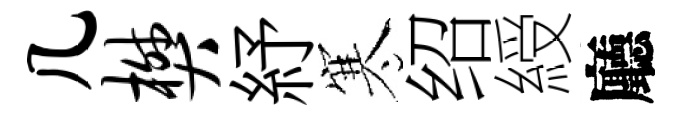
几樊紓寒绍綬廳